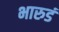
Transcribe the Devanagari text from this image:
भारुडं